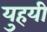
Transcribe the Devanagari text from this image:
युहयी